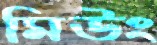
মিউং